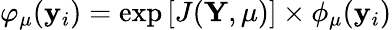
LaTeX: \varphi_{\mu}(\mathbf{y}_{i})=\exp\left[J(\mathbf{Y},\mu)\right]\times\phi_{\mu}(\mathbf{y}_{i})